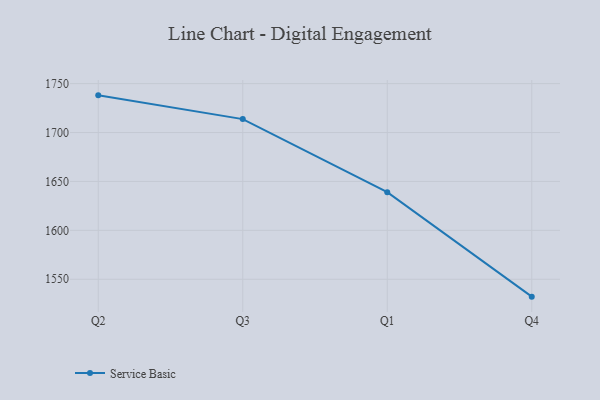
{"axis": {"x": "Quarter", "y": "Population (Million)"}, "legend": ["Service Basic"], "data": [{"x": "Q2", "y": 1738.0, "type": "Service Basic"}, {"x": "Q3", "y": 1713.7, "type": "Service Basic"}, {"x": "Q1", "y": 1639.0, "type": "Service Basic"}, {"x": "Q4", "y": 1532.2, "type": "Service Basic"}]}